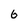
Character: 6